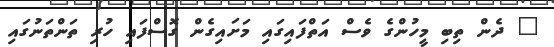
" ދެން ތިބި މީހުންގެ ވެސް އަތްފައިގައި މަށައިގެން ގޮސްފައި ހުރި ތަންތަނުގައި